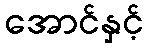
အောင်နှင့်